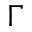
\Gamma